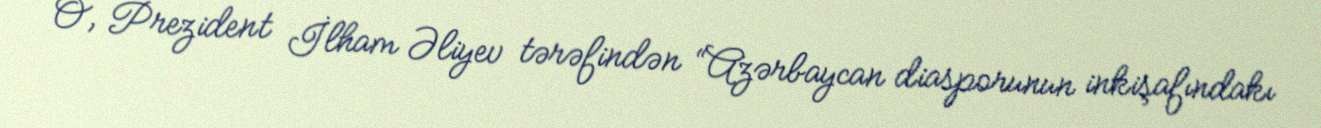
O, Prezident İlham Əliyev tərəfindən “Azərbaycan diasporunun inkişafındakı